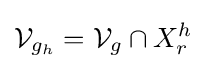
{\mathcal {V}}_{g_{h}}={\mathcal {V}}_{g}\cap X_{r}^{h}